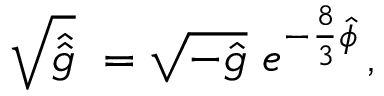
\sqrt { \hat { \hat { g } } } \ = \sqrt { - \hat { g } } \ e ^ { - \frac { 8 } { 3 } \hat { \phi } } \, ,